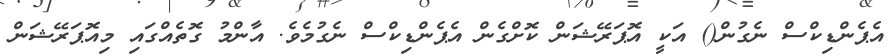
އެޕެންޑިކްސް ނެގުން() އަކީ އޮޕަރޭޝަން ކޮށްގެން އެޕެންޑިކްސް ނެގުމެވެ. އާންމު ގޮތެއްގައި މިއޮޕަރޭޝަން